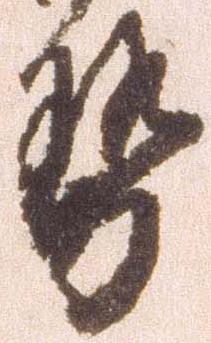
勢